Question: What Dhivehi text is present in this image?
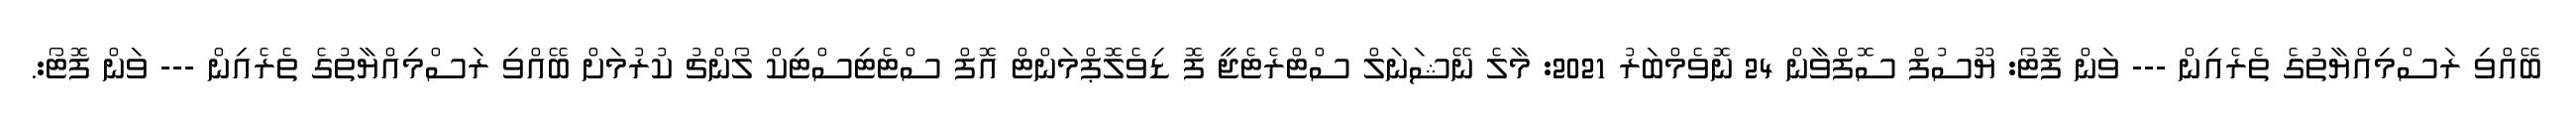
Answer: ބޭއްވި ރަސްމިއްޔާތުގެ ތެރެއިން --- ވަން ފޮޓޯ: ޔޫސުފް ސޮފްވާން 24 ނޮވެމްބަރު 2021: މާލެ ނޭޝަނަލް ސްޓްރެޓެޖީ ފޮ ޑިވެލޮޕްމަންޓް އޮފް ސްޓެޓިސްޓިކް ލޯންޗު ކުރުމަށް ބޭއްވި ރަސްމިއްޔާތުގެ ތެރެއިން --- ވަން ފޮޓޯ:.